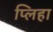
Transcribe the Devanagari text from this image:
प्लिहा